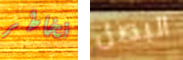
نخاطر البصل